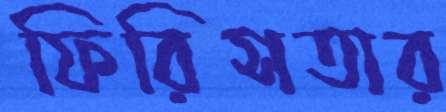
ফিরিসতার